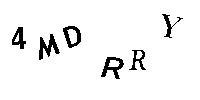
4MDRRY